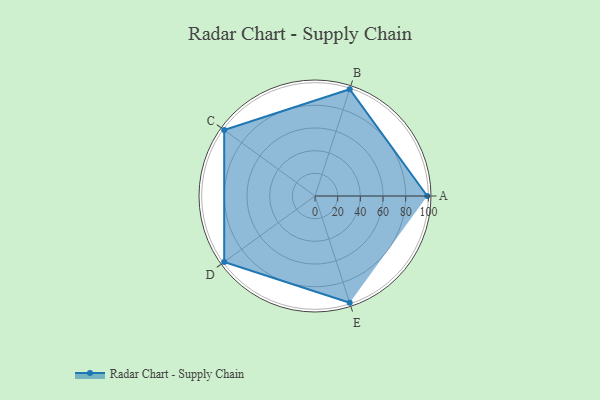
{"axis": {"x": "Skill", "y": "Score"}, "legend": ["Profile"], "data": [{"x": "A", "y": 99, "type": "Profile"}, {"x": "B", "y": 99, "type": "Profile"}, {"x": "C", "y": 99, "type": "Profile"}, {"x": "D", "y": 99, "type": "Profile"}, {"x": "E", "y": 99, "type": "Profile"}]}